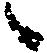
々